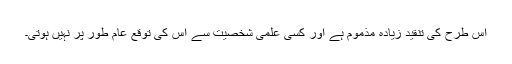
اس طرح کی تنقید زیادہ مذموم ہے اور کسی علمی شخصیت سے اس کی توقع عام طور پر نہیں ہوتی۔